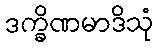
ဒက္ခိဏမာဒိသုံ